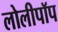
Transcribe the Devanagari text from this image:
लोलीपॉप